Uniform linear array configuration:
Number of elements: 16
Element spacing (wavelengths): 1
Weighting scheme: cosine
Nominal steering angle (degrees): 60
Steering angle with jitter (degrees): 61.019
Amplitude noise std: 0.05
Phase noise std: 0.05

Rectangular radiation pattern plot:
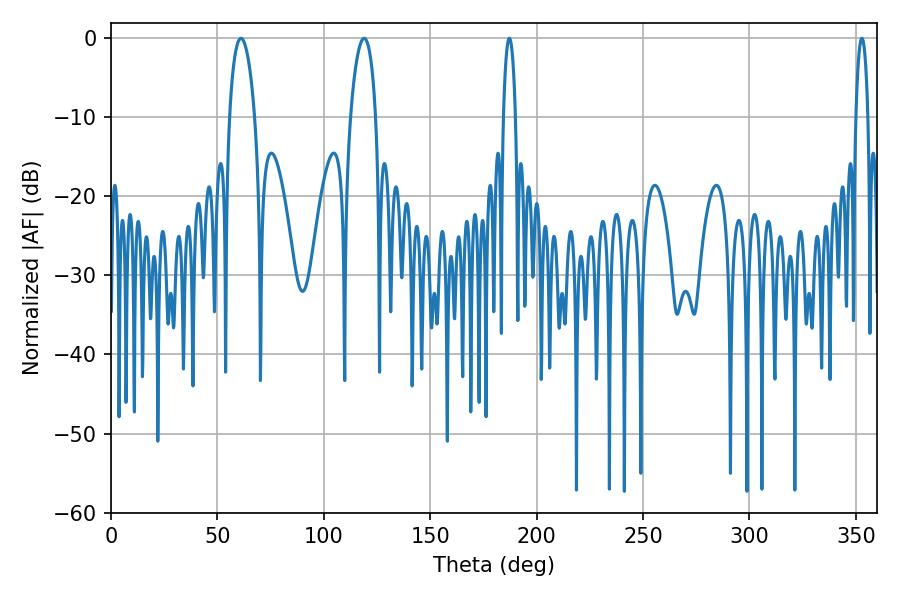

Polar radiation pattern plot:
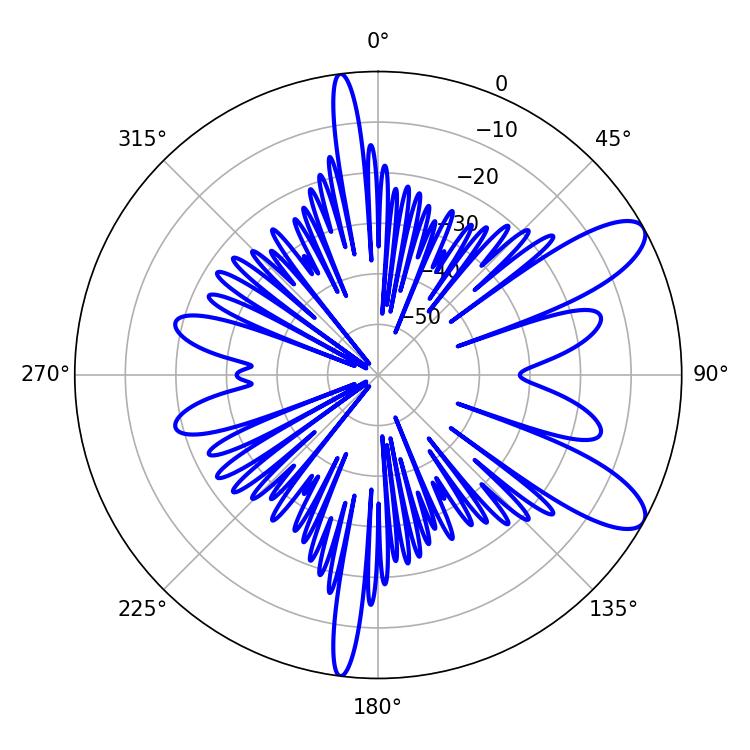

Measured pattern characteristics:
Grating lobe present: TRUE
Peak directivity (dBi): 9.816
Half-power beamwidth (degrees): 6.66
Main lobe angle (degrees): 61.02